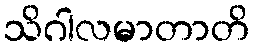
သိဂါလမာတာတိ